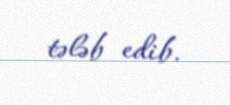
tələb edib.